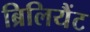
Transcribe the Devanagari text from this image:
ब्रिलियैंट